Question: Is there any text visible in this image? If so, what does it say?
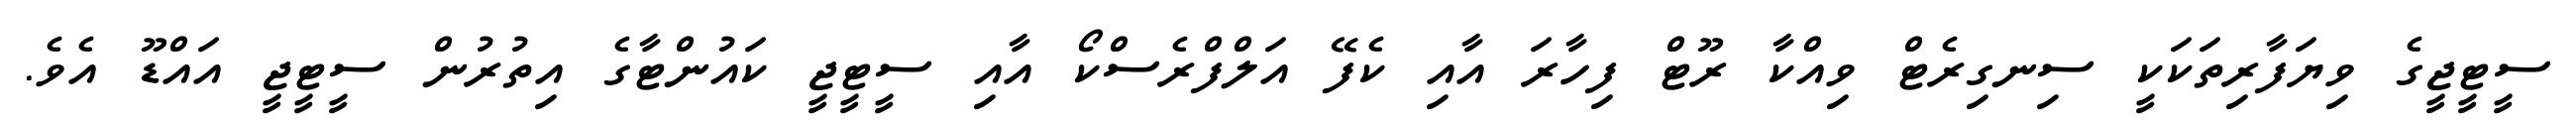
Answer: ސީޓީޖީގެ ވިޔަފާރިތަކަކީ ސިނގިރެޓް ވިއްކާ ރޫޓް ފިހާރަ އާއި ކެފޭ އަލްފްރެސްކޯ އާއި ސީޓީޖީ ކައުންޓާގެ އިތުރުން ސީޓީޖީ އައްޑޫ އެވެ.